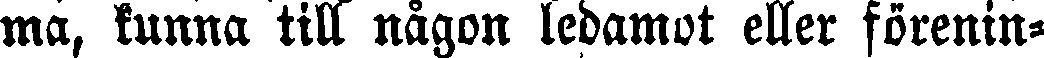
ma, kunna till nåaon ledamot eller förenin-